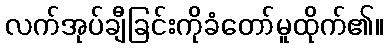
လက်အုပ်ချီခြင်းကိုခံတော်မူထိုက်၏။